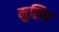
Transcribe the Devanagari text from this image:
मुसिच